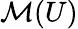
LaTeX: {\mathcal{M}}(U)